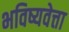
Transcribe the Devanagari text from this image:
भविष्यवेत्ता